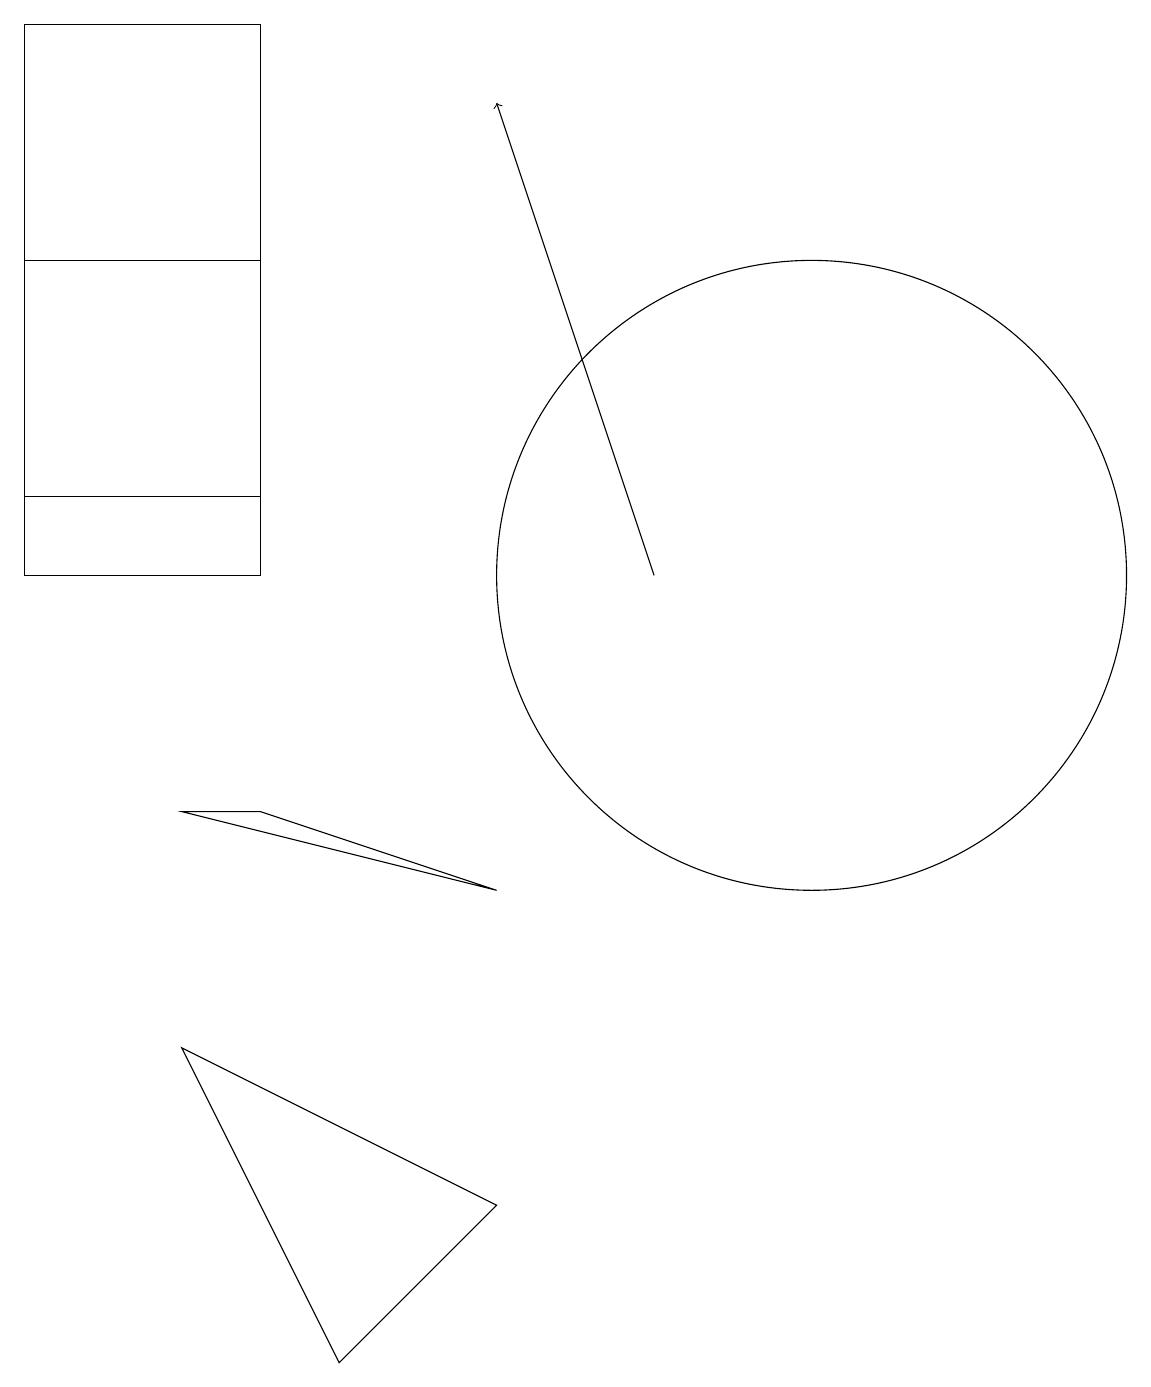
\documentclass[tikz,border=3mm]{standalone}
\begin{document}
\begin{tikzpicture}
\draw (10,12) circle (4);
\draw (3,16) rectangle (0,12);
\draw[->] (8,12) -- (6,18);
\draw (3,9) -- (2,9) -- (6,8) -- cycle;
\draw (2,6) -- (6,4) -- (4,2) -- cycle;
\draw (0,13) rectangle (3,19);
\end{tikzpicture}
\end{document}